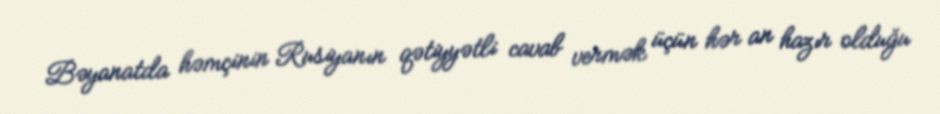
Bəyanatda həmçinin Rusiyanın qətiyyətli cavab vermək üçün hər an hazır olduğu